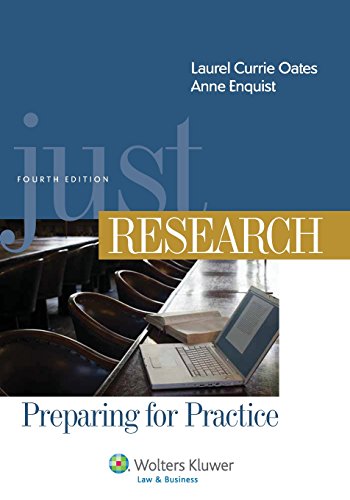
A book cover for Just Research, Preparing for Practice, Fourth Edition (Aspen Coursebook); Laurie Currie Oates; Law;